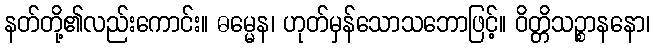
နတ်တို့၏လည်းကောင်း။ ဓမ္မေန၊ ဟုတ်မှန်သောသဘောဖြင့်။ ဝိတ္တိသဉ္စာနနော၊